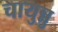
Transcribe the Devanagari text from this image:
चायुन्नु